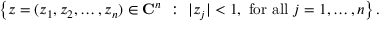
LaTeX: \left\{ z = ( z _ { 1 } , z _ { 2 } , \dots , z _ { n } ) \in \mathbf { C } ^ { n } \ : \ \vert z _ { j } \vert < 1 , { \mathrm { ~ f o r ~ a l l ~ } } j = 1 , \dots , n \right\} .